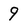
Character: 9